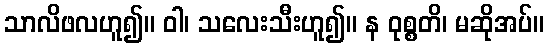
သာလိဖလဟူ၍။ ဝါ၊ သလေးသီးဟူ၍။ န ဝုစ္စတိ၊ မဆိုအပ်။